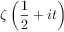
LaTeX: \zeta \left( { \frac { 1 } { 2 } } + i t \right)